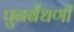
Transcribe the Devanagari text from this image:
पुनर्बंधणी